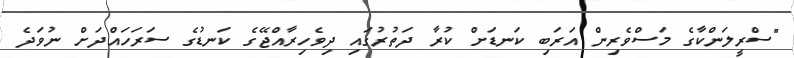
"ސްރީލަންކާގެ މަސްވެރިން އަރަބި ކަނޑަށް ކުރާ ދަތުރުގައި ދިވެހިރާއްޖޭގެ ކަނޑުގެ ސަރަހައްދަށް ނުވަދެ